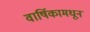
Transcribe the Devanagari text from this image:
वार्षिकामधून